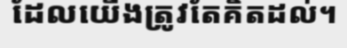
ដែលយើងត្រូវតែគិតដល់។